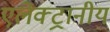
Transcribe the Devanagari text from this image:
एलेक्ट्रानीय